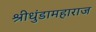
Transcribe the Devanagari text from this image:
श्रीधुंडामहाराज